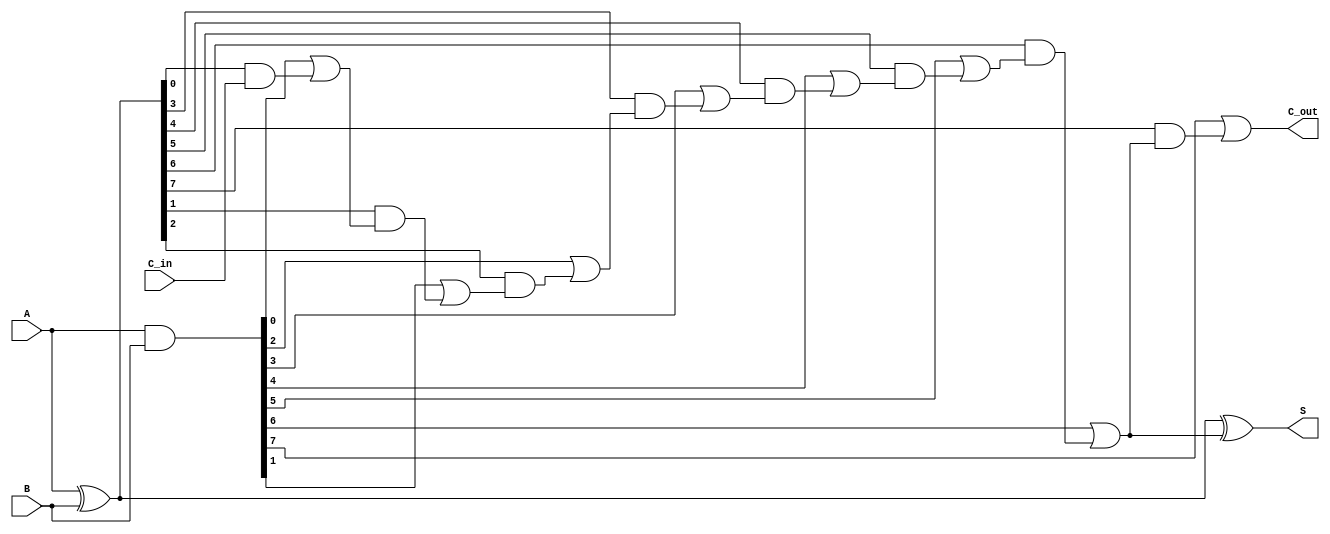
module CSPA #(parameter n = 8) (
    input  [n-1:0] A,  // First operand
    input  [n-1:0] B,  // Second operand
    input  C_in,       // Carry input
    output [n-1:0] S,  // Sum output
    output C_out       // Carry output
);

    // Generate and Propagate signals
    wire [n-1:0] G; // Generate
    wire [n-1:0] P; // Propagate
    wire [n:0] C;   // Carry signals

    assign G = A & B;        // Generate
    assign P = A ^ B;        // Propagate

    // Carry generation using a simple prefix network
    // Level 0
    assign C[0] = C_in; // Initial carry input
    genvar i;
    generate
        for (i = 0; i < n; i = i + 1) begin : carry_gen
            if (i == 0) begin
                assign C[i+1] = G[i] | (P[i] & C[i]);
            end else begin
                assign C[i+1] = G[i] | (P[i] & C[i]);
            end
        end
    endgenerate

    // Sum calculation
    assign S = A ^ B ^ C[n-1:n-1]; // Final sum calculation

    // Final carry out
    assign C_out = C[n];

endmodule